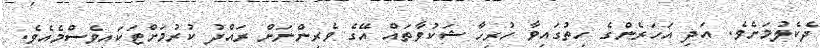
ދެކެލުމަށެވެ. އަދި އަހަރެންގެ ހިތުގައިވާ ހުރިހާ ޝަކުވާތައް އޭގެ ވެރިންނަށް ރައްދު ކުރުމަށްޓަކައިވެސްމެއެވެ.